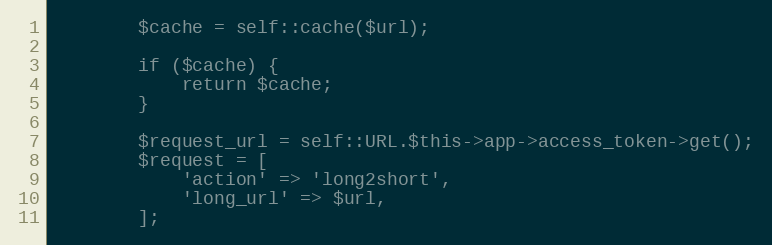
Language: PHP
        $cache = self::cache($url);

        if ($cache) {
            return $cache;
        }

        $request_url = self::URL.$this->app->access_token->get();
        $request = [
            'action' => 'long2short',
            'long_url' => $url,
        ];